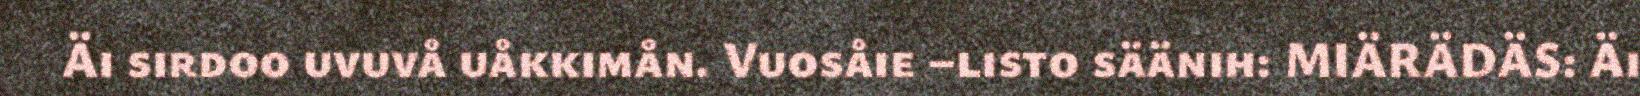
Äi sirdoo uvuvå uåkkimån. Vuosåie –listo säänih: MIÄRÄDÄS: Äi